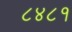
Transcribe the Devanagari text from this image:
८४८१